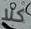
كلا